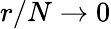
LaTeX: r/N\to 0